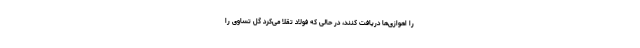
را اهوازی‌ها دریافت کنند، در حالی که فولاد تقلا می‌کرد گل تساوی را